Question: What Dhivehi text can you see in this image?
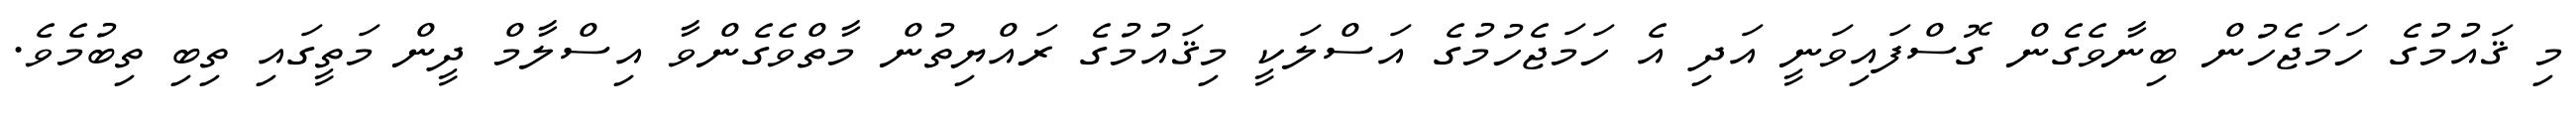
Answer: މި ޤައުމުގެ ހަމަޖެހުން ބިނާވެގެން ގޮސްފައިވަނީ އަދި އެ ހަމަޖެހުމުގެ އަސްލަކީ މިޤައުމުގެ ރައްޔިތުން މާތްވެގެންވާ އިސްލާމް ދީން މަތީގައި ތިބި ތިބުމެވެ.